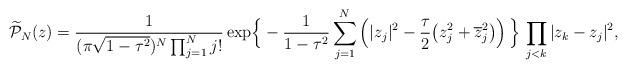
LaTeX: \begin{align*} \widetilde{\mathcal{P}}_{N}(z) &=\frac{1}{(\pi\sqrt{1-\tau^2})^{N} \prod_{j=1}^{N}j!} \exp\!\Big\{-\frac{1}{1-\tau^2}\sum_{j=1}^{N}\left(|z_{j}|^2-\frac{\tau}{2}\big(z_{j}^{2}+\overline{z}_{j}^{2}\big)\right)\Big\} \, \prod_{j<k}|z_k-z_j|^2, \end{align*}